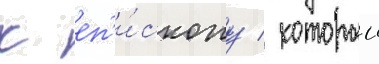
к еп'и́скопу / которыи